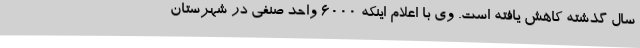
سال گذشته کاهش یافته است. وی با اعلام اینکه 6000 واحد صنفی در شهرستان